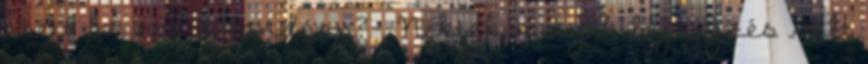
esett az eső állandóan? . Nektek melyik bejegyzés volt